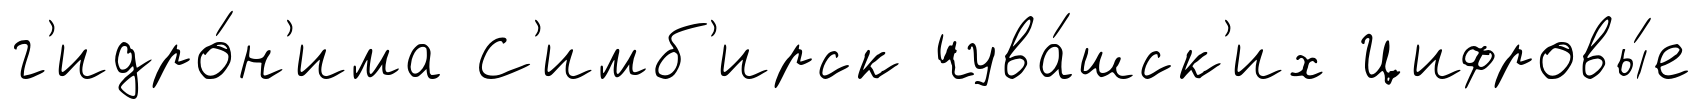
г'идро́н'има С'имб'ирск чува́шск'их Цифровы́е